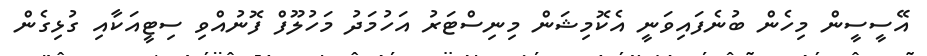
އޭސީސީން މިހެން ބުނެފައިވަނީ އެކޮމިޝަން މިނިސްޓަރު އަހުމަދު މަހުލޫފް ފޮނުއްވި ސިޓީއަކާއި ގުޅިގެން